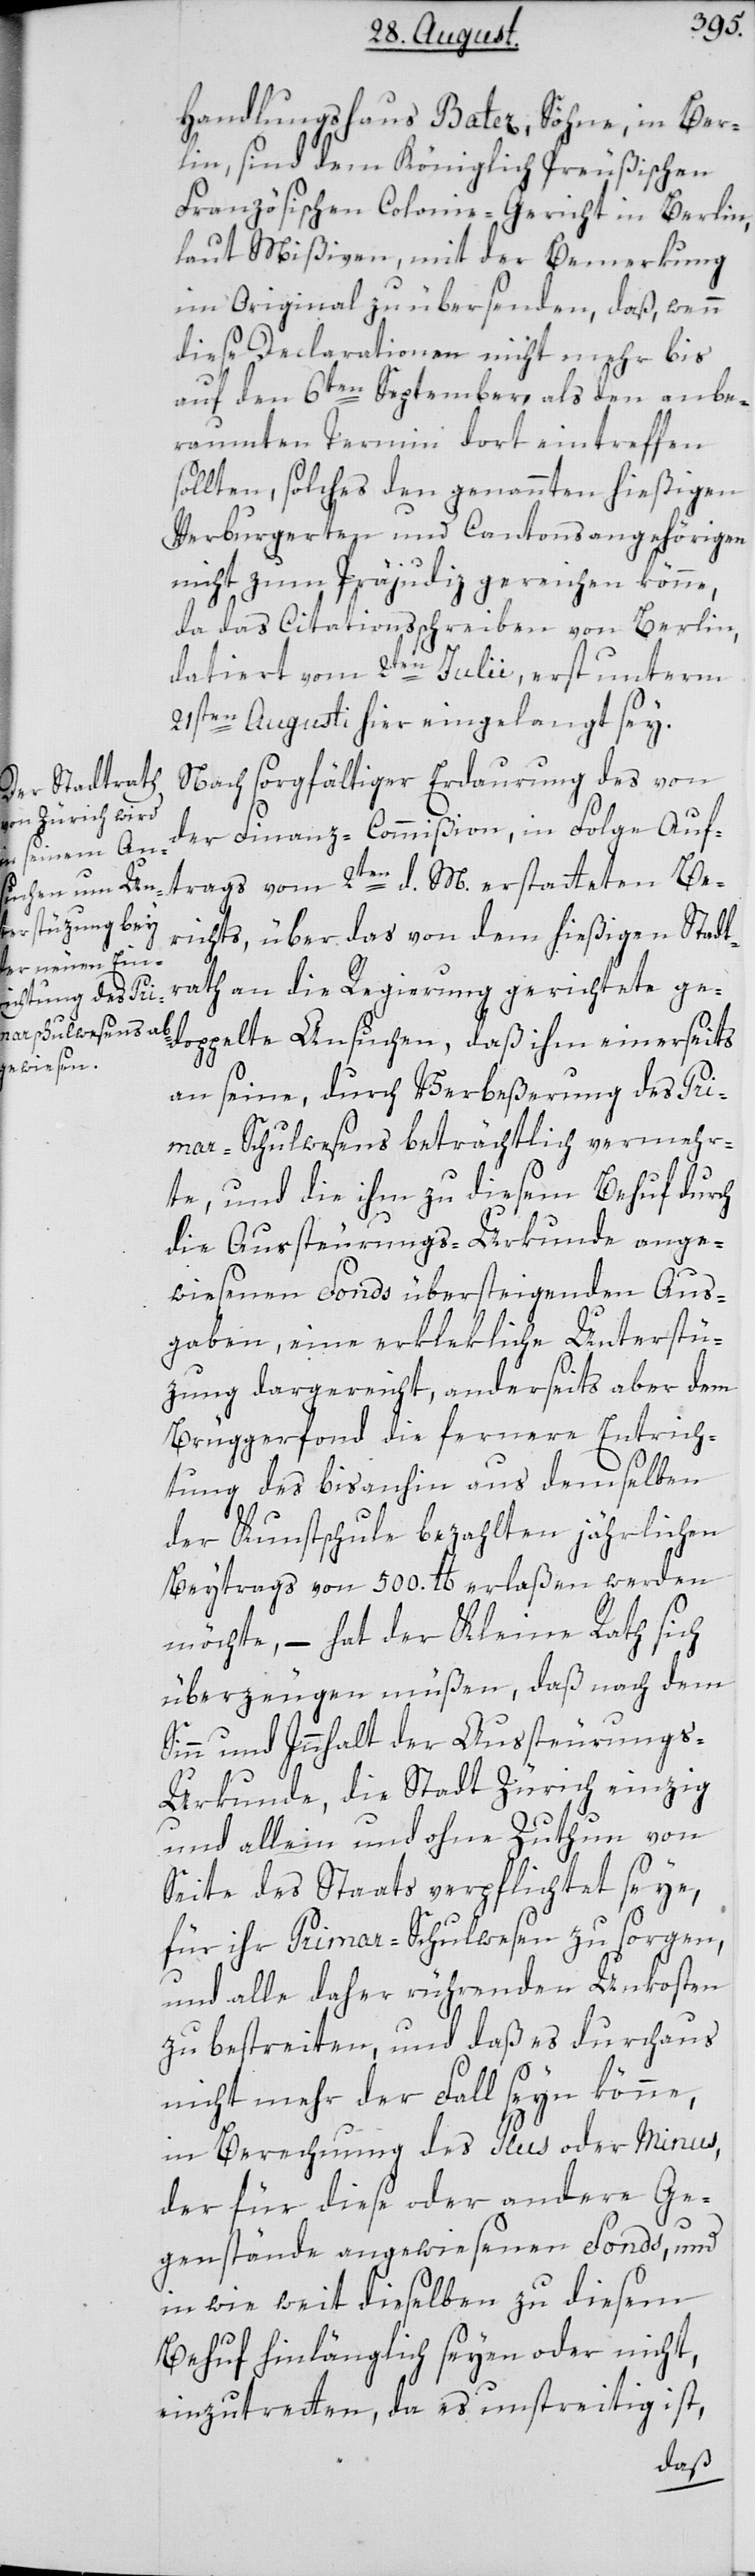
Handlungshaus Batez, Söhne, in Ber¬
lin, sind dem Königlich Preußischen
Französischen Colonie-Gericht in Berlin,
laut Mißiven, mit der Bemerkung
im Original zu übersenden, daß wenn
diese Declarationen nicht mehr bis
auf den 6ten September als den anbe¬
raumten Termin dort eintreffen
sollten, solches den genannten hießigen
Verburgerten und Cantonsangehörigen
nicht zum Präjudiz gereichen könne,
da das Citationsschreiben von Berlin,
datiert vom 2ten Julii, erst unterm
21sten Augusti hier eingelangt sey.
Nach sorgfältiger Erdaurung des von
der Finanz-Commißion, in Folge Auf¬
trags vom 2ten d. M. erstatteten Be¬
richts, über das von dem hießigen Stadt¬
rath an die Regierung gerichtete g¬
edoppelte Ansuchen, daß ihm einerseits
an seine, durch Verbeßerung des Pri¬
mar-Schulwesens beträchtlich vermehr¬
te, und die ihm zu diesem Behuf durch
die Aussteurungs-Urkunde ange¬
wiesenen Fonds übersteigenden Aus¬
gaben, eine erklekliche Unterstü¬
zung dargereicht, anderseits aber dem
Brüggerfonds die fernere Entrich¬
tung des bis anhin aus demselben
der Kunstschule bezahlten jährlichen
Beytrags von 500. lb erlaßen werden
möchte, – hat der Kleine Rath sich
überzeugen müßen, daß nach dem
Sinn und Innhalt der Aussteurungs-U¬
rkunde, die Stadt Zürich einzig
und allein und ohne Zuthun von
Seite des Staats verpflichtet seye,
für ihr Primar-Schulwesen zu sorgen,
und alle daher rührenden Unkosten
zu bestreiten, und daß es durchaus
nicht mehr der Fall seyn könne,
in Berechnung des Plus oder Minus,
der für diese oder andere Ge¬
genstände angewiesenen Fonds, und
in wie weit dieselben zu diesem
Behuf hinlänglich seyen oder nicht,
einzutretten, da es unstreitig ist,